Medical and sanitary report on the native army of Bombay for the year
Year: 1878
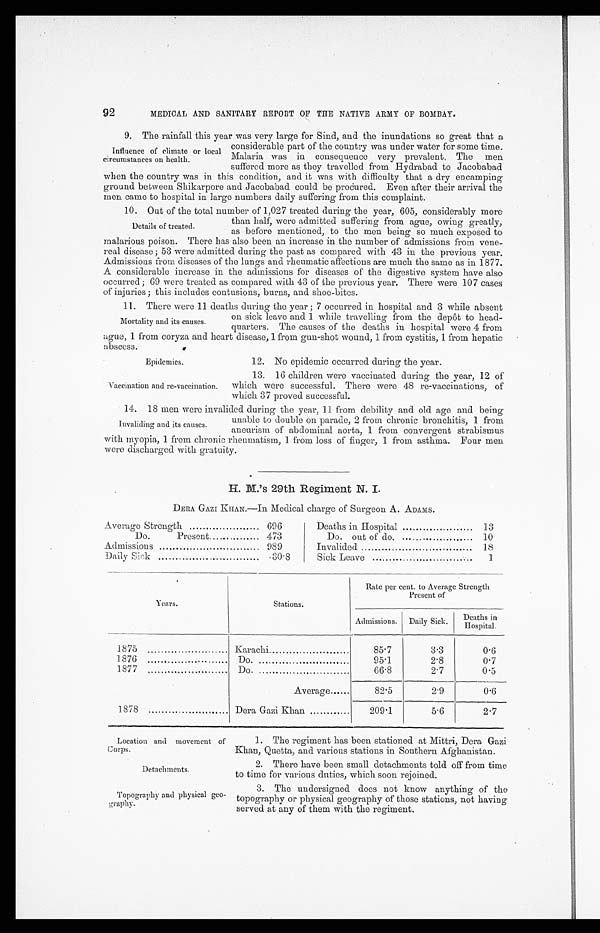
Epidemics.
Vaccination and re-vaccination.
Location and movement of
Corps.
Detachments.
Topography and physical geo-
-
graphy.
92
MEDICAL AND SANITARY REPORT OF THE NATIVE ARMY OF BOMBAY.
9. The rainfall this year was very large for Sind, and the inundations so great that a
Influence of climate or local
circumstances on health.
considerable part, of the coutry was under water for some time.
Malaria was in consequence very prevalent. The men
suffered more as they travelled from Hydrabad to Jacobabad
when the country was in this condition, and it was with difficulty that a dry encamping
ground between Shikarpore and Jacobabad could be procured. Even after their arrival the
men came to hospital in large numbers daily suffering from this complaint.
10. Out of the total number of 1,027 treated during the year, 605, considerably more
Details of treated.
than half, were admitted suffering from ague, owing greatly,
as before mentioned, to the men being so much exposed to
malarious poison. There has also been an increase in the number of admissions from vene
-
real disease ; 53 were admitted during the past as compared with 43 in the previous year.
Admissions from diseases of the lungs and rheumatic affections are much the same as in 1877.
A considerable increase in the admissions for diseases of the digestive system have also
occurred ; 69 were treated as compared with 43 of the previous year. There were 107 cases
of injuries ; this includes contusions, burns, and shoe-bites.
11. There were 11 deaths during the year ; 7 occurred in hospital and 3 while absent
on sick leave and 1 while travelling from the depôt to head-
quarters. The causes of the deaths in hospital were 4 from
ague, 1 from coryza and heart disease, 1 from gun-shot wound, 1 from cystitis, 1 from hepatic
abscess.
Mortality and its causes.
12. No epidemic occurred during the year.
13. 16 children were vaccinated during the year, 12 of
which were successful. There were 48 re-vaccinations, of
which 37 proved successful.
14. 18 men were invalided during the year, 11 from debility and old age and being
unable to double on parade, 2 from chronic bronchitis, 1 from
aneurism of abdominal aorta, 1 from convergent strabismus
with myopia, 1 from chronic rheumatism, 1 from loss of finger, 1 from asthma. Four men
were discharged with gratuity.
H. M.’s 29th Regiment N. I.
DERA GAZI KHAN.—In Medical charge of Surgeon A. ADAMS.
Invaliding and its causes.
Average Strength
696
Do.
Present
473
Admissions
989
Daily Sick
30.8
Deaths in Hospital
13
Do. out of do.
10
Invalided
18
Sick Leave
1
Years.
Stations.
Rate per cent. to Average Strength
Present of
Admissions.
Daily Sick.
Death in
H o s p i t a l
1875
Karachi
85.7
3.3
0.6
1 876
Do.
95.1
2.8
0.7
1877
Do.
66.8
2.7
0.5
Average
82.5
2.9
0.6
1878
Dera Gazi Khan
209.1
5.6
2.7
1. The regiment has been stationed at Mittri, Dera Gazi
Khan, Quetta, and various stations in Southern Afghanistan.
2. There have been small detachments told off from time
to time for various duties, which soon rejoined.
3. The undersigned does not know anything of the
topography or physical geography of those stations, not having
served at any of them with the regiment.